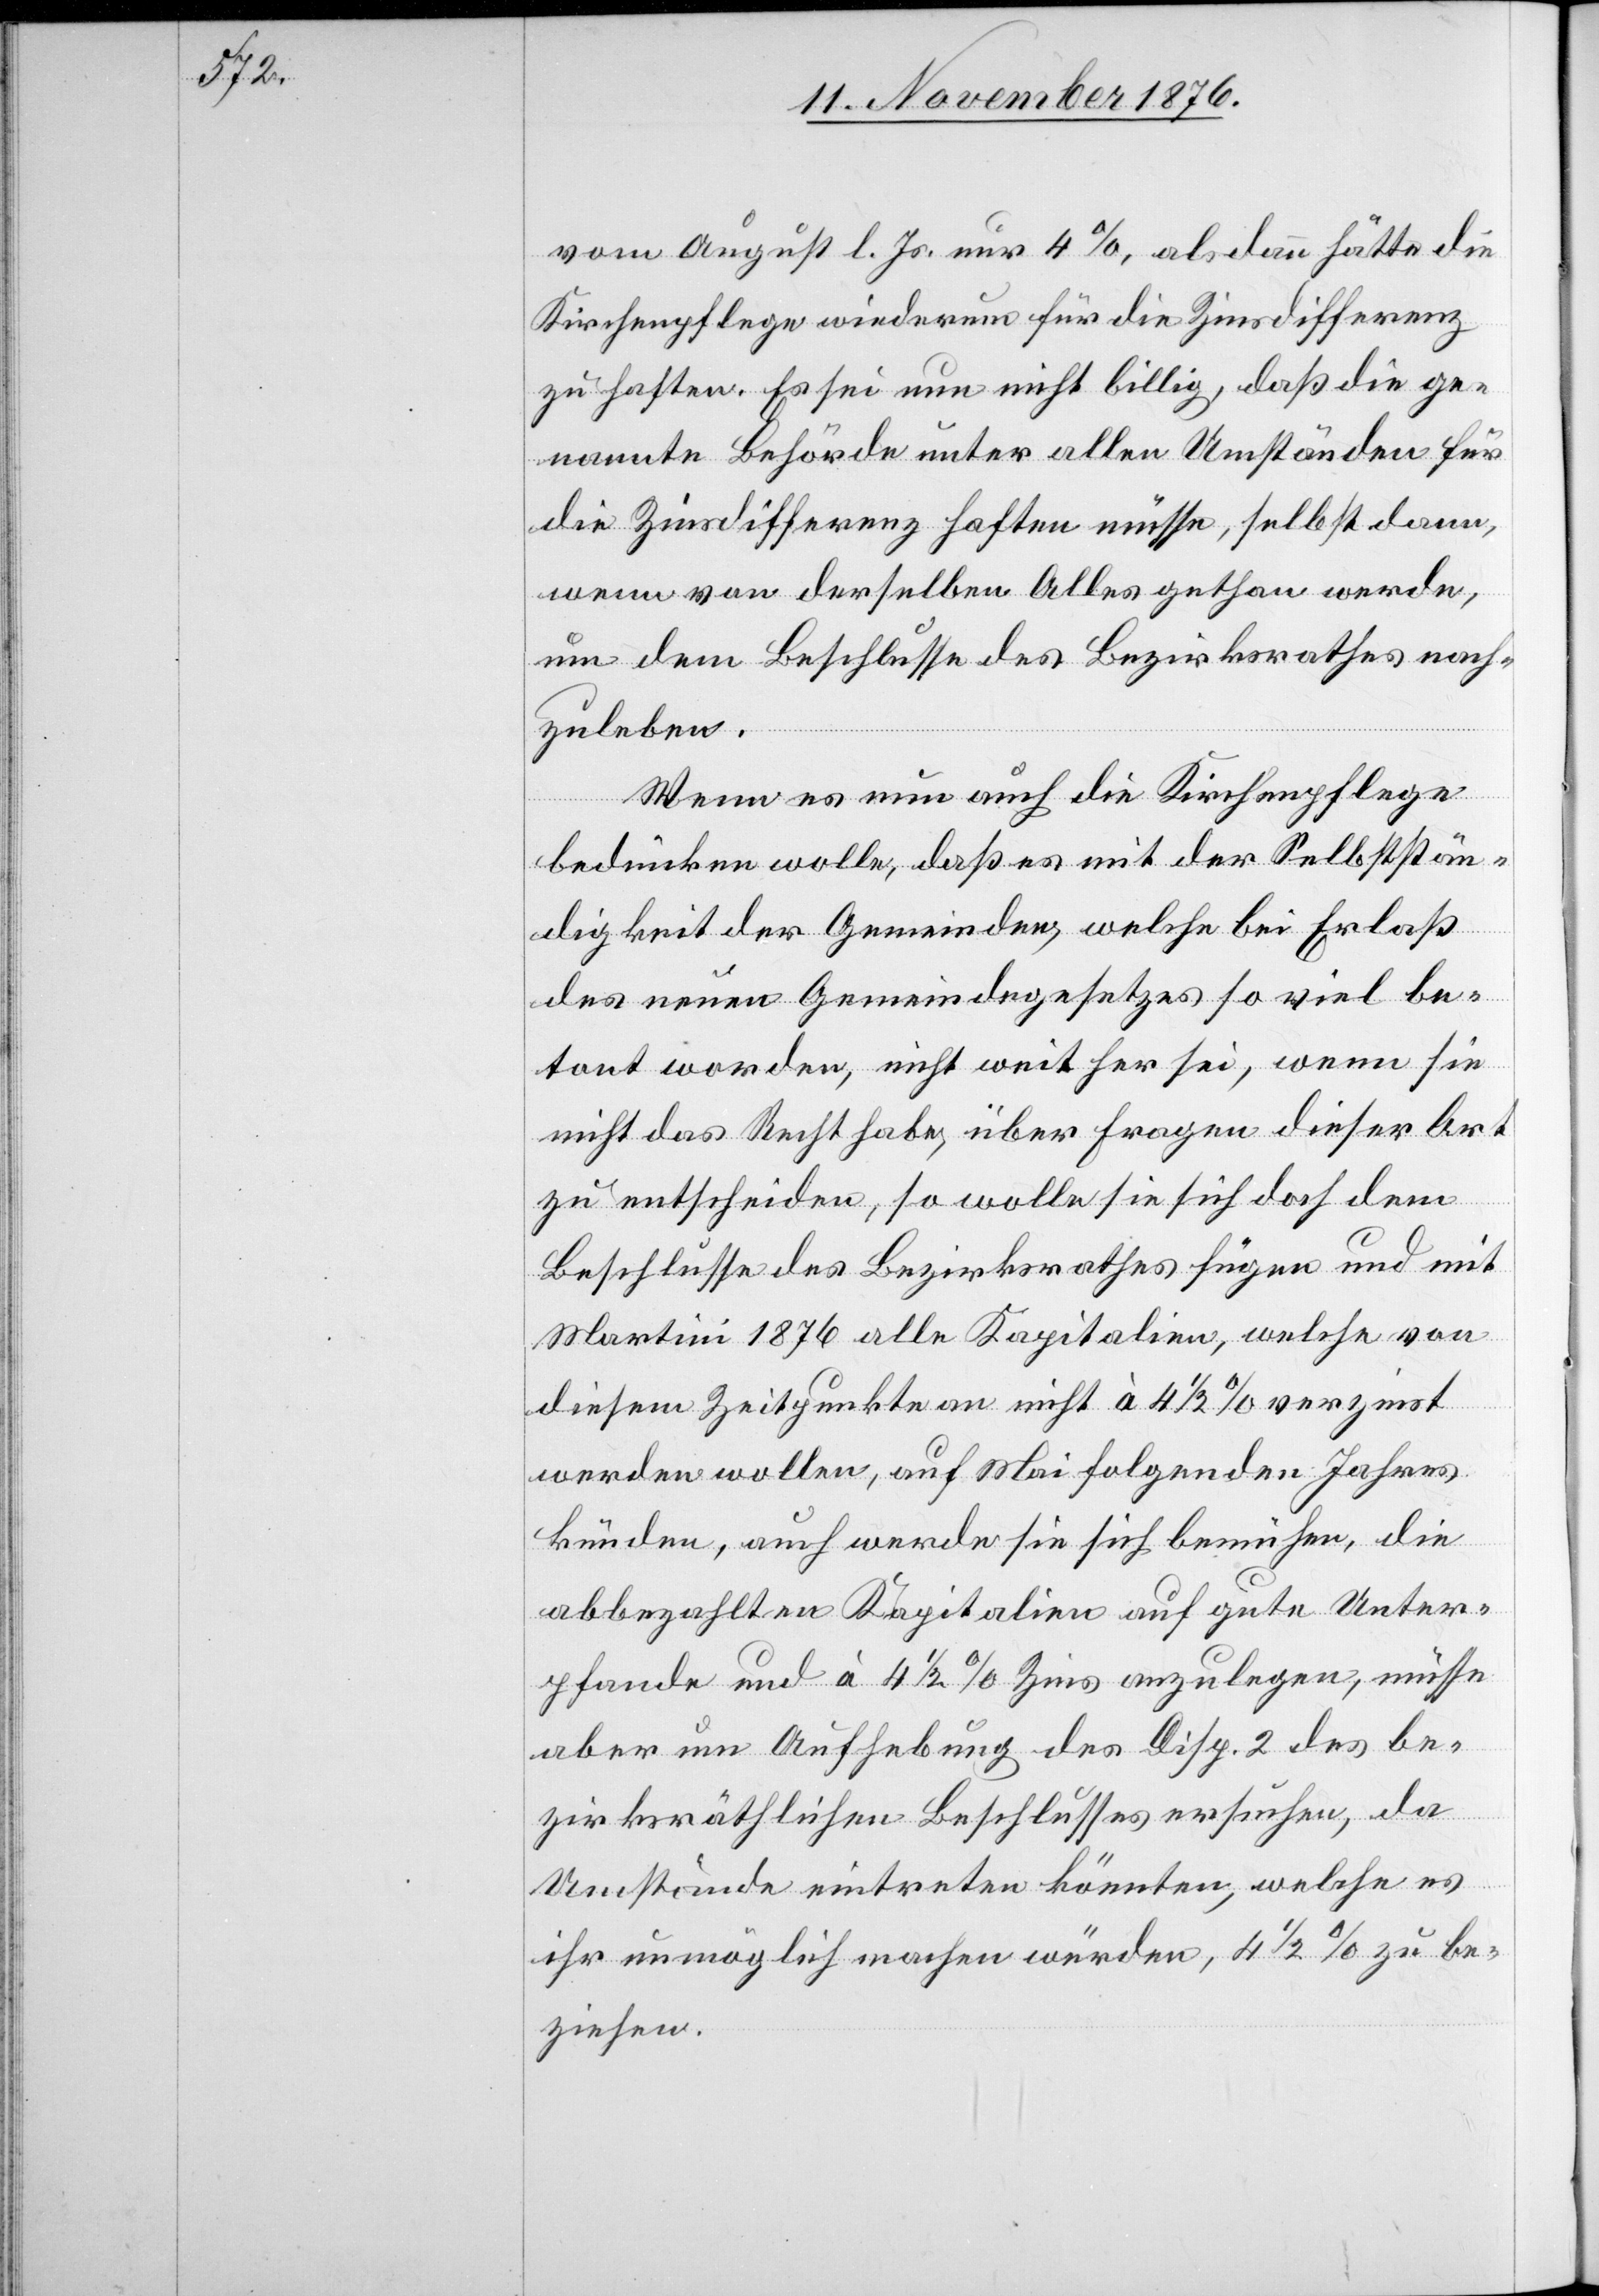
vom August l. Js. nur 4%, als dann hätte die
Kirchenpflege wiederum für die Zinsdifferenz
zu haften. Es sei nun nicht billig, daß die ge¬
nannte Behörde unter allen Umständen für
die Zinsdifferenz haften müsse, selbst dann,
wenn von derselben Alles gethan werde,
um dem Beschlusse des Bezirksrathes nach¬
zuleben.
Wenn es nun auch die Kirchenpflege
bedünken wolle, daß es mit der Selbststän¬
digkeit der Gemeinden, welche bei Erlaß
des neuen Gemeindegesetzes so viel be¬
tont worden, nicht weit her sei, wenn sie
nicht das Recht habe, über Fragen dieser Art
zu entscheiden, so wolle sie sich doch dem
Beschlusse des Bezirksrathes fügen und mit
Martini 1876 alle Kapitalien, welche von
diesem Zeitpunkte an nicht à 4 1/2% verzinst
werden wollen, auf Mai folgenden Jahres
künden, auch werde sie sich bemühen, die
abbezahlten Kapitalien auf gute Unter¬
pfande und à 4 1/2% Zins anzulegen, müsse
aber um Aufhebung des Disp. 3 des be¬
zirksräthlichen Beschlusses ersuchen, da
Umstände eintreten könnten, welche es
ihr unmöglich machen würden, 4 1/2% zu be¬
ziehen.